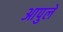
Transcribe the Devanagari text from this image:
आपुलें